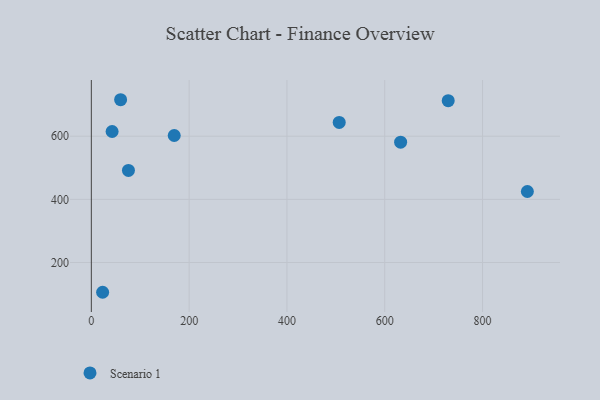
{"axis": {"x": "Distance", "y": "Salary"}, "legend": ["Scenario 1"], "data": [{"x": "169.5", "y": 602.2, "type": "Scenario 1"}, {"x": "506.9", "y": 643.7, "type": "Scenario 1"}, {"x": "75.9", "y": 491.5, "type": "Scenario 1"}, {"x": "729.8", "y": 712.5, "type": "Scenario 1"}, {"x": "891.7", "y": 424.9, "type": "Scenario 1"}, {"x": "59.9", "y": 715.6, "type": "Scenario 1"}, {"x": "632.5", "y": 581.0, "type": "Scenario 1"}, {"x": "23.1", "y": 105.6, "type": "Scenario 1"}, {"x": "42.5", "y": 614.9, "type": "Scenario 1"}]}